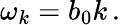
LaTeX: \omega_{k}=b_{0}k\, .